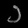
Digit: ၁